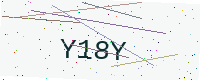
Text: Y18Y